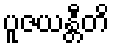
ပူဇယန္တီတိ